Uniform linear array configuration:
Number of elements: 24
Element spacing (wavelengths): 1
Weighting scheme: binomial
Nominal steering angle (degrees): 45
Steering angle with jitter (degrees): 45.588
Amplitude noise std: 0.05
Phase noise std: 0.05

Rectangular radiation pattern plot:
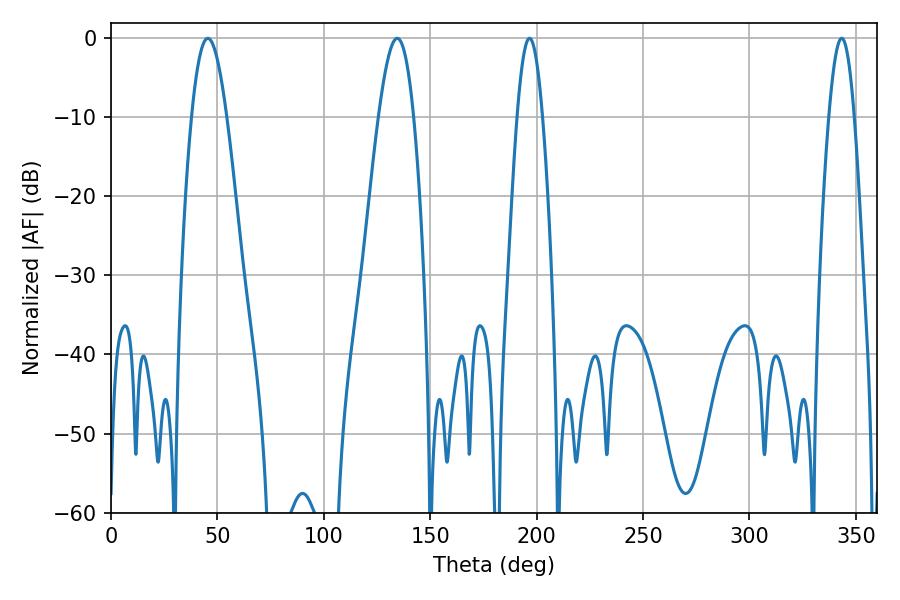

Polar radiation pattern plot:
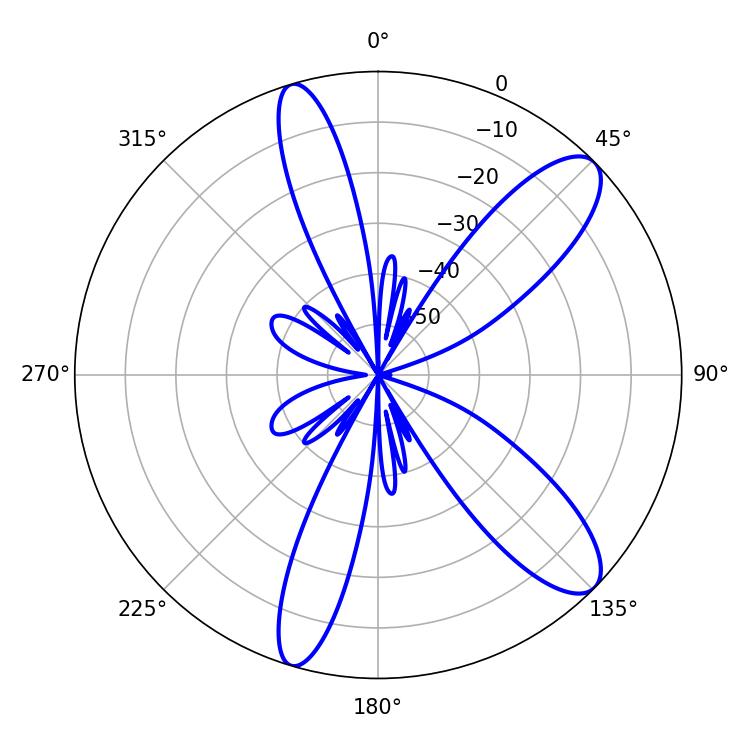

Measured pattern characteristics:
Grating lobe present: TRUE
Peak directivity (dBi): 10.657
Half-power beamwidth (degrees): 9
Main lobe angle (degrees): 45.54